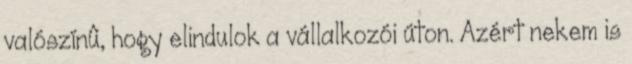
valószínû, hogy elindulok a vállalkozói úton. Azért nekem is